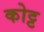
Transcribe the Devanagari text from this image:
कोट्ट